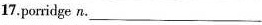
17.porridge n.___